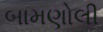
બામણોલી